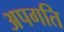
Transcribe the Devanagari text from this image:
अपगति